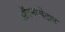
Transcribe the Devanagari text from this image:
ऑरनामेंटल